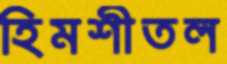
হিমশীতল